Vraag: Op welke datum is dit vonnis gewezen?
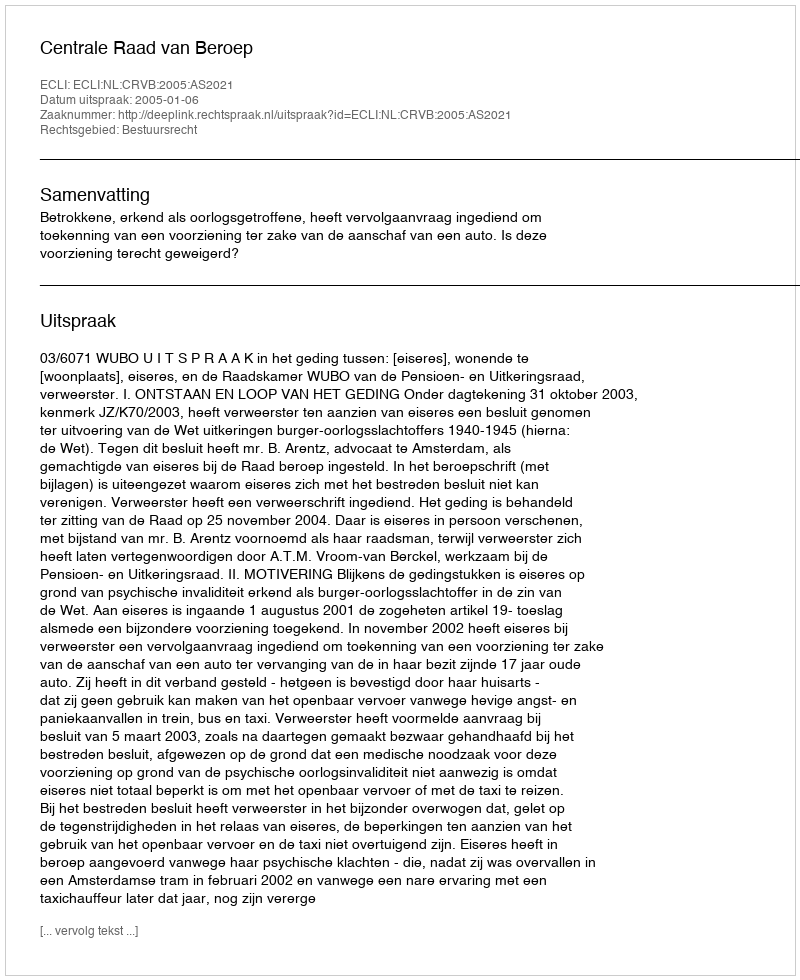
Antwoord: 2005-01-06